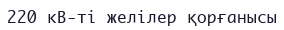
220 кВ-ті желілер қорғанысы